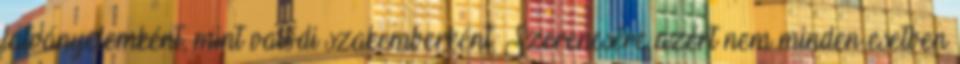
látványelemként, mint valódi szakemberként. Szerencsére azért nem minden esetben